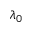
\lambda _ { 0 }